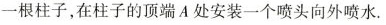
一根柱子，在柱子的顶端A处安装一个喷头向外喷水.